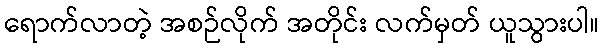
ရောက်လာတဲ့ အစဉ်လိုက် အတိုင်း လက်မှတ် ယူသွားပါ။